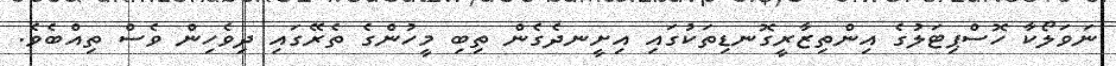
ނަވަލޯކާ ހޮސްޕިޓަލުގެ އިންތިޒާރީގޮނޑިތަކުގައި އިށީނދެގެން ތިބި މީހުންގެ ތެރޭގައި ދިވެހިން ވެސް ތިއްބެވެ.